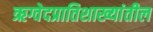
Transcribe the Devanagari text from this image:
ऋग्वेदप्रातिशाख्यांतील